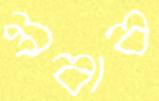
লবাব